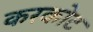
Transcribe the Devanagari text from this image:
करकोट